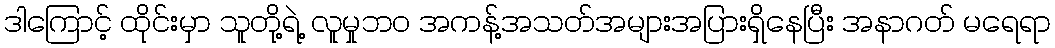
ဒါကြောင့် ထိုင်းမှာ သူတို့ရဲ့ လူမှုဘ၀ အကန့်အသတ်အများအပြားရှိနေပြီး အနာဂတ် မရေရာ